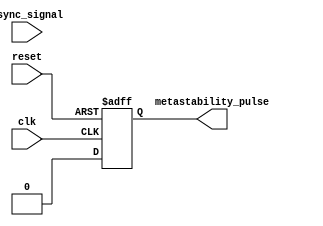
module metastability_detector(
    input wire clk,          // Sampling clock
    input wire async_signal, // Asynchronous input signal
    input wire reset,        // Reset signal
    output reg metastability_pulse // Output pulse indicating metastability
);
    // Internal signals for flip-flop outputs
    reg ff1_out;
    reg ff2_out;

    // Flip-flop to sample the asynchronous input
    always @(posedge clk or posedge reset) begin
        if (reset) begin
            ff1_out <= 1'b0;
        end else begin
            ff1_out <= async_signal; // Sample async signal on the rising edge of clock
        end
    end

    // Second flip-flop to sample the first flip-flop's output
    always @(posedge clk or posedge reset) begin
        if (reset) begin
            ff2_out <= 1'b0;
        end else begin
            ff2_out <= ff1_out; // Sample fft1_out on the next rising edge of clock
        end
    end

    // Pulse generation logic: Generate a pulse when ff2_out changes
    always @(posedge clk or posedge reset) begin
        if (reset) begin
            metastability_pulse <= 1'b0;
        end else if (ff2_out !== ff2_out) begin
            metastability_pulse <= 1'b1;  // Pulse high for one clock cycle
        end else begin
            metastability_pulse <= 1'b0;  // Reset pulse
        end
    end

endmodule